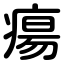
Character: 瘍